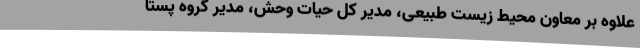
علاوه بر معاون محیط زیست طبیعی، مدیر کل حیات وحش، ‌مدیر گروه پستا